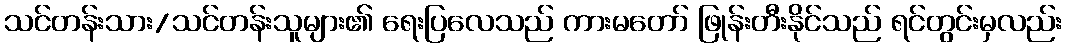
သင်တန်းသား/သင်တန်းသူများ၏ ရေးပြလေသည် ကားမတော် ဖြုန်းတီးနိုင်သည် ရင်တွင်းမှလည်း